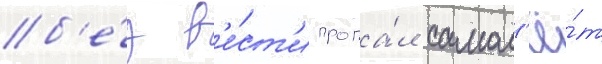
б'е́з в'е́ст'и пропа́л самол'ё́т